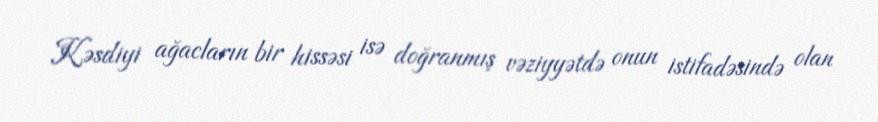
Kəsdiyi ağacların bir hissəsi isə doğranmış vəziyyətdə onun istifadəsində olan